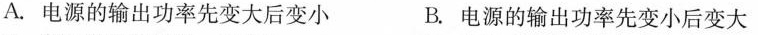
A.电源的输出功率先变大后变小 B.电源的输出功率先变小后变大